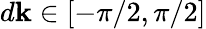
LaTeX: d\mathbf{k}\in[-\pi/2,\pi/2]